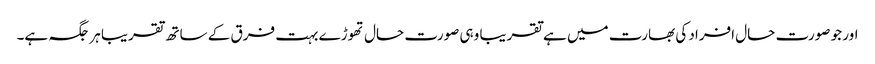
اور جو صورت حال افراد کی بھارت میں ہے تقریبا وہی صورت حال تھوڑے بہت فرق کے ساتھ تقریبا ہر جگہ ہے۔